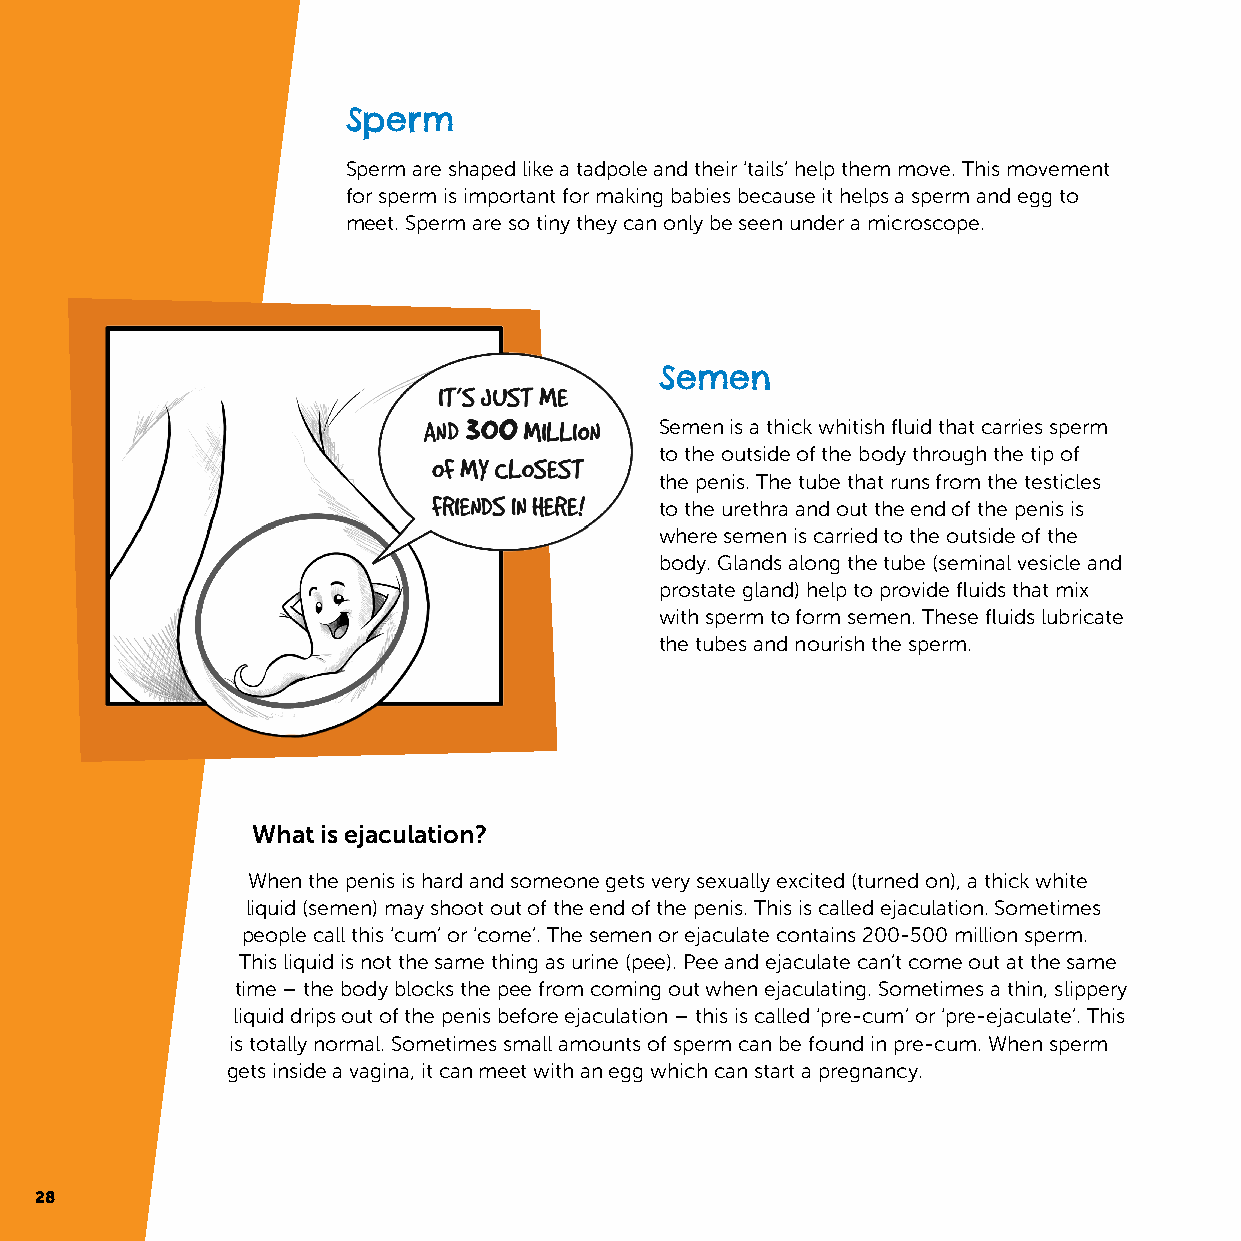
Sperm
 Sperm are shaped like a tadpole and their ‘tails’ help them move. This movement
 for sperm is important for making babies because it helps a sperm and egg to
 meet. Sperm are so tiny they can only be seen under a microscope.
 Semen
 Semen is a thick whitish fluid that carries sperm
 to the outside of the body through the tip of
 the penis. The tube that runs from the testicles
 to the urethra and out the end of the penis is
 where semen is carried to the outside of the
 body. Glands along the tube (seminal vesicle and
 prostate gland) help to provide fluids that mix
 with sperm to form semen. These fluids lubricate
 the tubes and nourish the sperm.
 What is ejaculation?
 When the penis is hard and someone gets very sexually excited (turned on), a thick white
 liquid (semen) may shoot out of the end of the penis. This is called ejaculation. Sometimes
 people call this ‘cum’ or ‘come’. The semen or ejaculate contains 200-500 million sperm.
 This liquid is not the same thing as urine (pee). Pee and ejaculate can’t come out at the same
 time – the body blocks the pee from coming out when ejaculating. Sometimes a thin, slippery
 liquid drips out of the penis before ejaculation – this is called ‘pre-cum’ or ‘pre-ejaculate’. This
 is totally normal. Sometimes small amounts of sperm can be found in pre-cum. When sperm
 gets inside a vagina, it can meet with an egg which can start a pregnancy.
 28